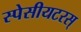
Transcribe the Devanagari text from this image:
स्पेसीयटरस्